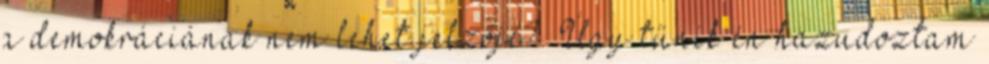
a demokráciának nem lehet jelzője?” Úgy tűnik én hazudoztam